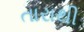
તારાથી